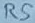
Text: R5